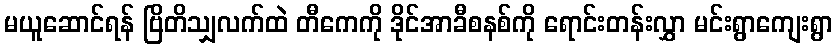
မယူဆောင်ရန် ဗြိတိသျှလက်ထဲ တီကေကို ဒိုင်အာခီစနစ်ကို ရောင်းတန်းလွှာ မင်းရွာကျေးရွာ